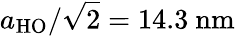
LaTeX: a_{\mathrm{{HO}}}/\sqrt{2}=14.3~\mathrm{{nm}}